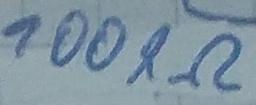
Text: 100KΩ